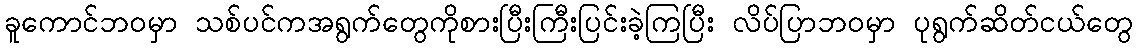
ခူကောင်ဘဝမှာ သစ်ပင်ကအရွက်တွေကိုစားပြီးကြီးပြင်းခဲ့ကြပြီး လိပ်ပြာဘဝမှာ ပုရွက်ဆိတ်ငယ်တွေ